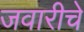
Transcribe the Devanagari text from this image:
जवारीचे